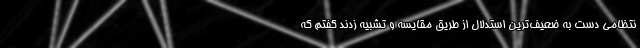
نتظامی دست به ضعیف‌ترین استدلال از طریق مقایسه و تشبیه زدند گفتم که